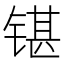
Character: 𰾘